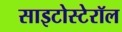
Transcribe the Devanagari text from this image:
साइटोस्टेरॉल